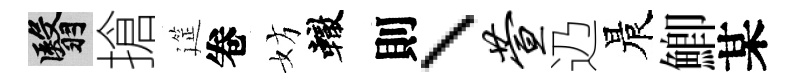
翳搶筵卷妨轍則、萱辸晨鯽某